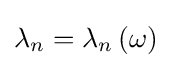
\lambda _{n}=\lambda _{n}\left(\omega \right)